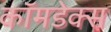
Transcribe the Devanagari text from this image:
कॉमडेक्स